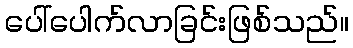
ပေါ်ပေါက်လာခြင်းဖြစ်သည်။